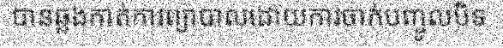
បានឆ្លងកាត់ការព្យាបាលដោយការចាក់បញ្ចូលបិទ